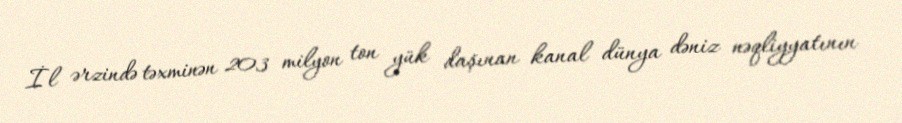
İl ərzində təxminən 203 milyon ton yük daşınan kanal dünya dəniz nəqliyyatının